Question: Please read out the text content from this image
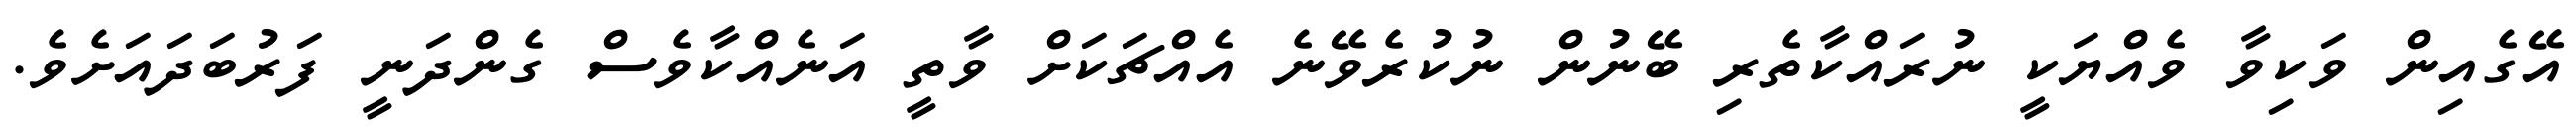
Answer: އޭގެއިން ވަކިވާ ވެއްޔަކީ ނުރައްކާތެރި ބޭނުން ނުކުރެވޭނެ އެއްޗަކަށް ވާތީ އަނެއްކާވެސް ގެންދަނީ ފަރުބަދައަށެވެ.